Vabadussoja_Ajaloo_Komitee, lk 41
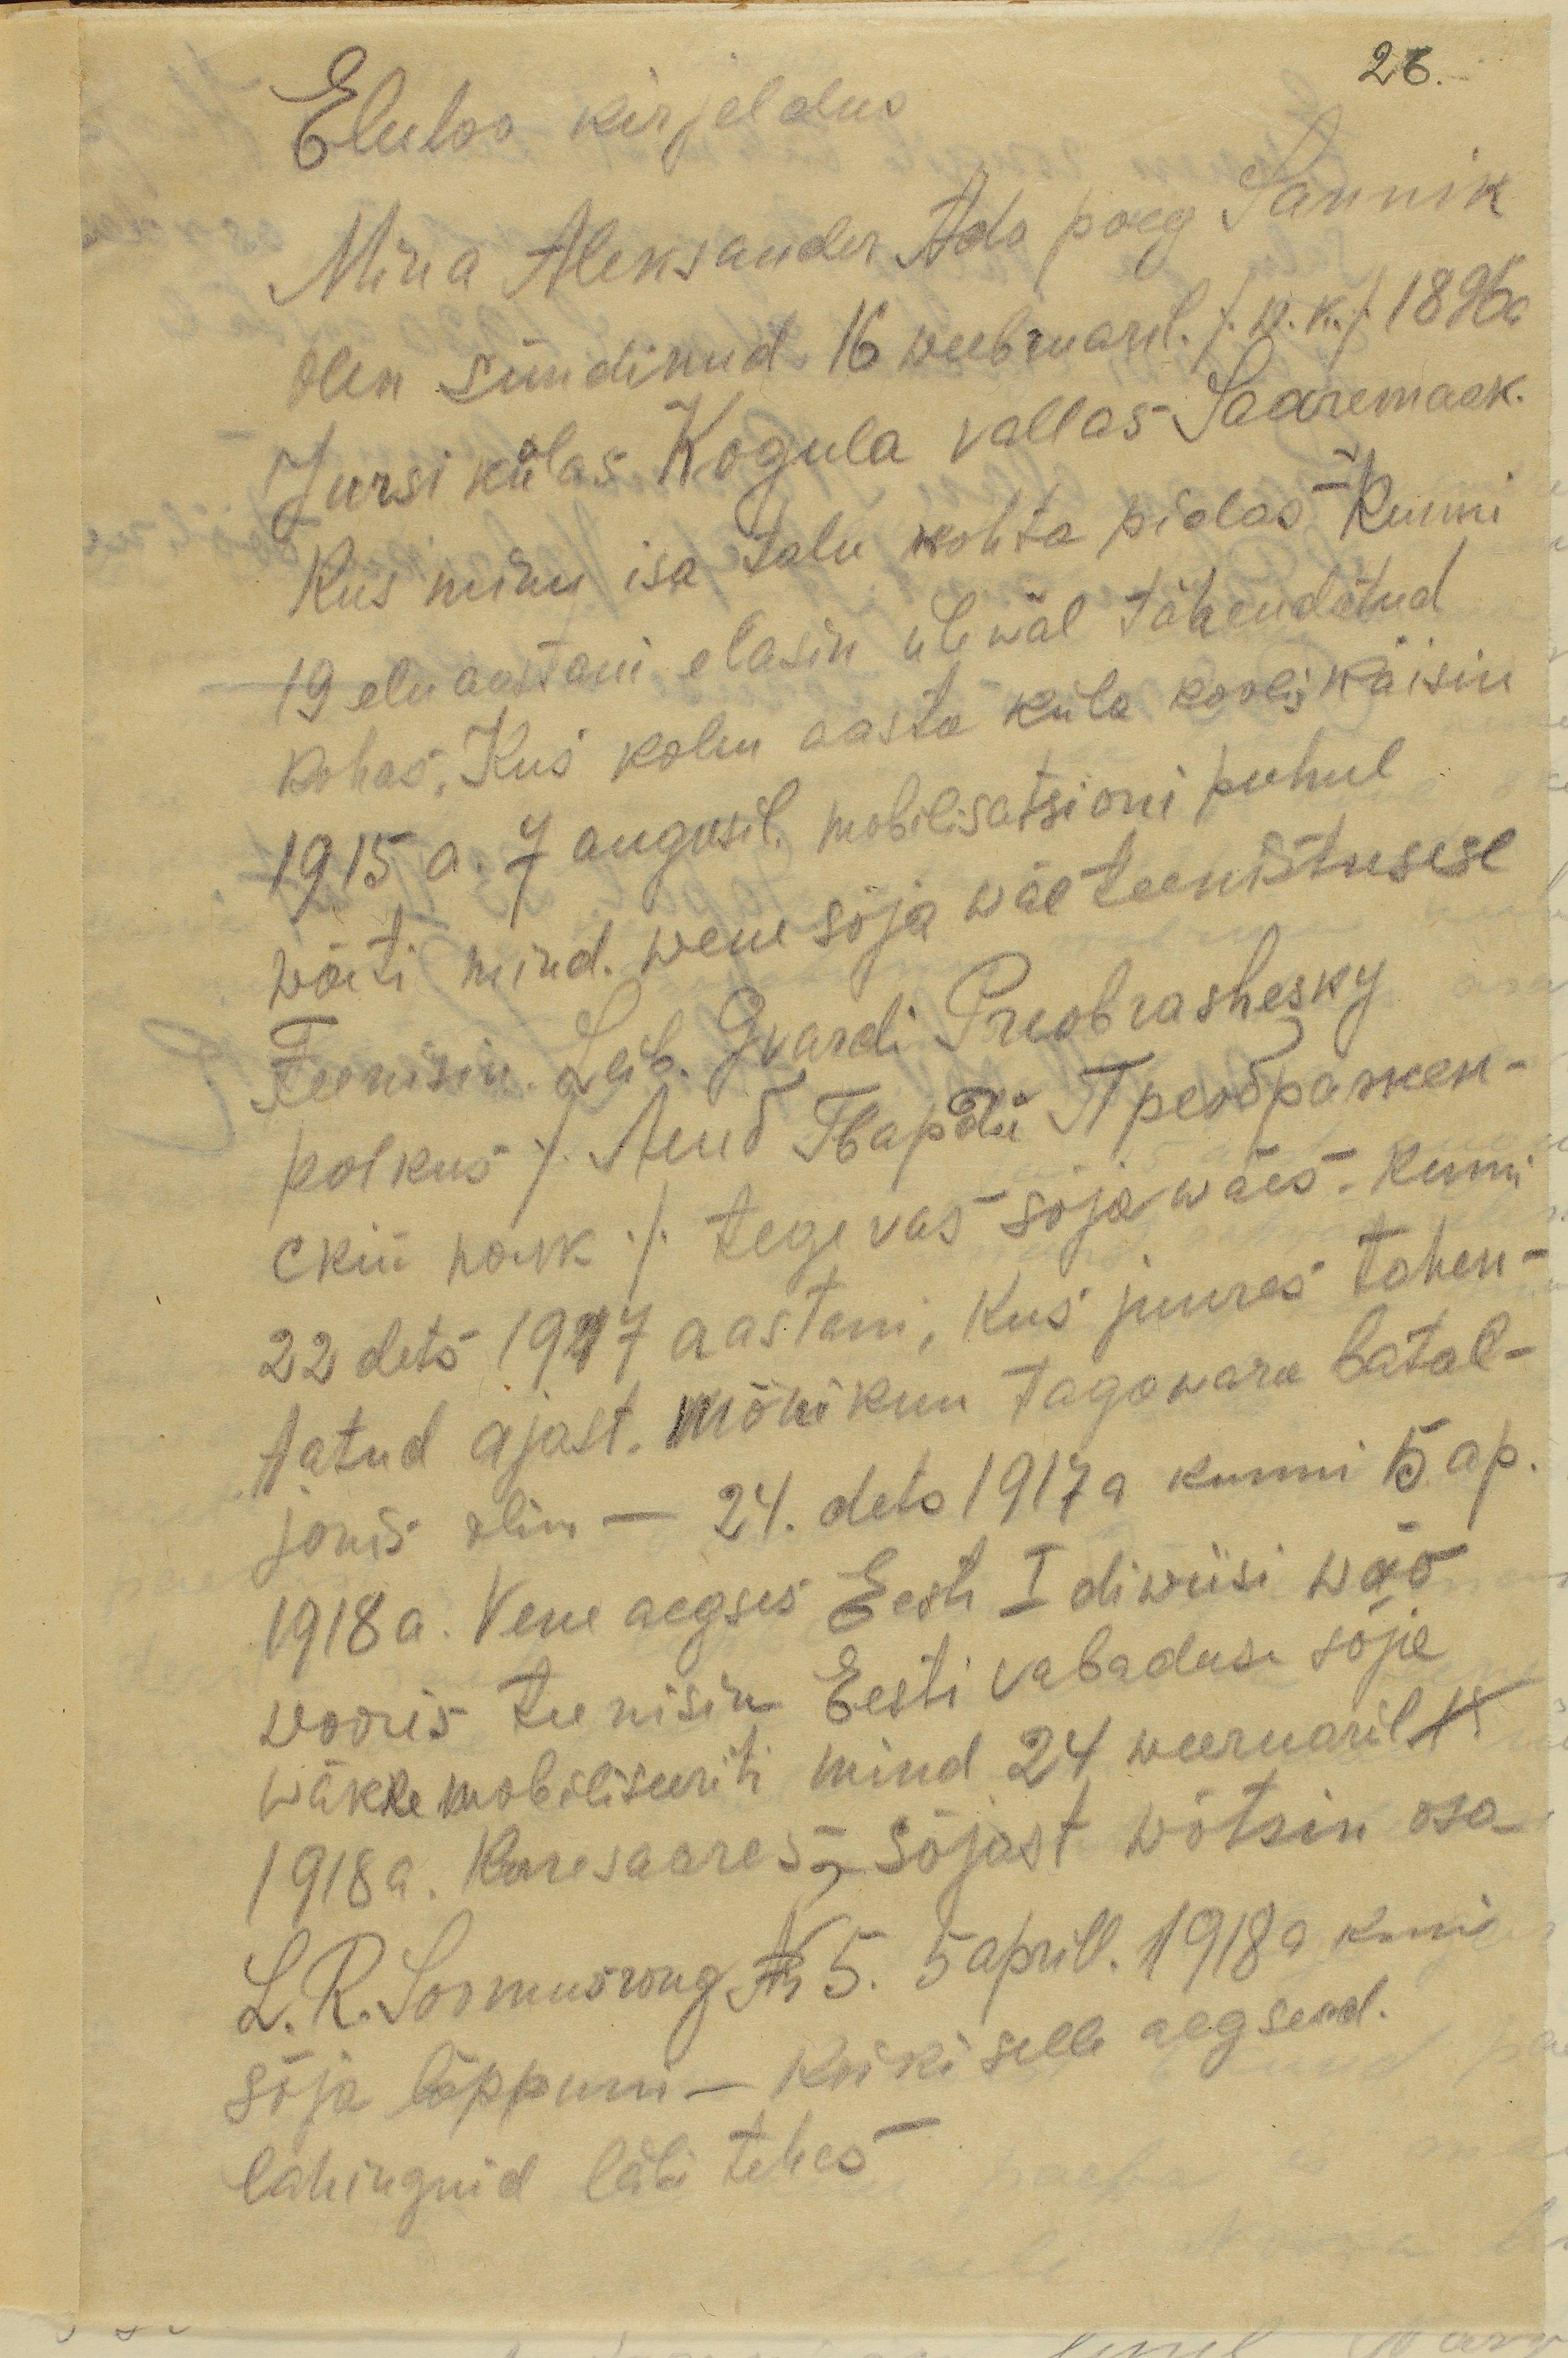
26
Eluloo kirjeldus
Mina Aleksander Ado poeg Sannik
olen sündinud 16. veebruaril /w.k./ 1896a
Jursi külas Kogula vallas Saaremaak.
Kus minu isa talu kohta pidas kuni
19 eluaastani elasin ülewal tähendatud
kohas. Kus kolm aasta küla koolis käisin
1915a. 7 augusil mobilisatsioni puhul
wõeti mind wene sõjawäeteenistusese
Teenisin Leib Gvardi Preobrashesky
polkus / Лейб Гвардй Преображен-
ский полк/ tegevas sõjawäes. Kuni
22 dets 1917 aastani, kus juures tähen-
tatud ajast mõni kuu tagawara batal-
jonis olin - 24. dets 1917 kunni 15 ap.
1918a. Vene aegses Eesti I diwiisi wäe
wooris teenisin Eesti Vabaduse sõja
wäkke mobiliseeriti mind 24 weebruaril 18
1918a. Kuresaares, sõjast wõtsin osa
L. R. Soomusrong N 5. 5 aprill. 1918 kuni
sõja lõppuni - Kõiki selle aegseid
lahinguid läbi tehes